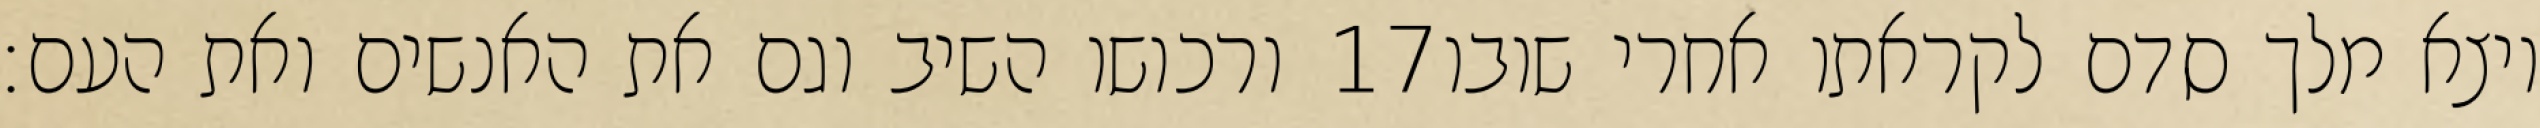
ורכושו השיב וגם את האנשים ואת העם׃ ‎17‏ ויצא מלך סדם לקראתו אחרי שובו